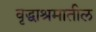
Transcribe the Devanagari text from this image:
वृद्धाश्रमातील